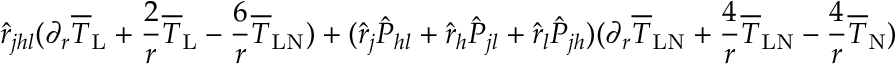
\hat { r } _ { j h l } ( \partial _ { r } \overline { { T } } _ { \mathrm { L } } + \frac { 2 } { r } \overline { { T } } _ { \mathrm { L } } - \frac { 6 } { r } \overline { { T } } _ { \mathrm { L N } } ) + ( \hat { r } _ { j } \hat { P } _ { h l } + \hat { r } _ { h } \hat { P } _ { j l } + \hat { r } _ { l } \hat { P } _ { j h } ) ( \partial _ { r } \overline { { T } } _ { \mathrm { L N } } + \frac { 4 } { r } \overline { { T } } _ { \mathrm { L N } } - \frac { 4 } { r } \overline { { T } } _ { \mathrm { N } } )